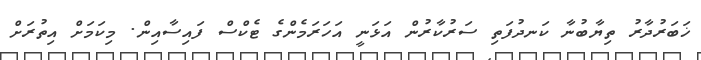
ޚަބަރުދާރު ތިޔާބުނާ ކަނދުފަތި ސަރުކާރުން އަޅަނީ އަހަރަމެންގެ ޓެކްސް ފައިސާއިން. މިކަމަށް އިތުރަށް